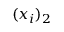
( x _ { i } ) _ { 2 }